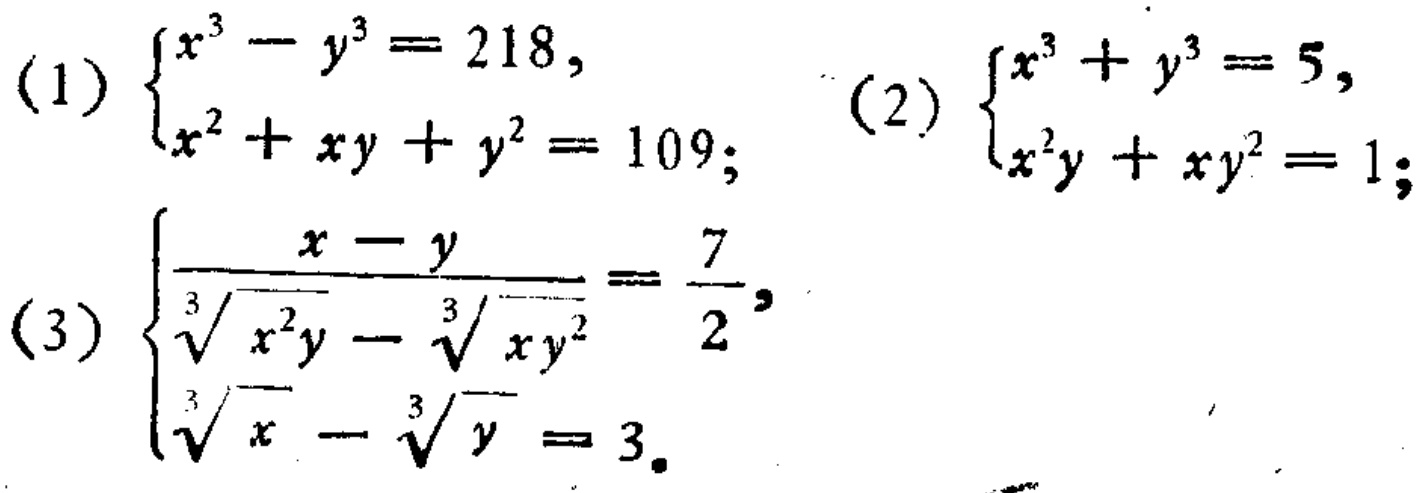
(1) \(\begin{cases}x^{3}-y^{3}=218,\\x^{2}+xy + y^{2}=109;\end{cases}\) (2) \(\begin{cases}x^{3}+y^{3}=5,\\x^{2}y+xy^{2}=1;\end{cases}\) (3) \(\begin{cases}\frac{x - y}{\sqrt[3]{x^{2}y}-\sqrt[3]{xy^{2}}}=\frac{7}{2},\\\sqrt[3]{x}-\sqrt[3]{y}=3.\end{cases}\)